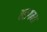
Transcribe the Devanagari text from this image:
सागमा